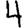
Digit: 4